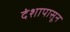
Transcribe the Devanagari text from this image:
दंशापासून